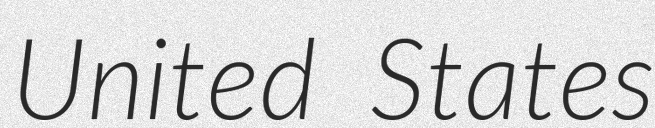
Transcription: United States